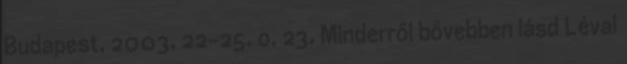
Budapest, 2003, 22–25. o. 23. Minderről bővebben lásd Lévai